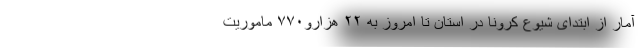
آمار از ابتدای شیوع کرونا در استان تا امروز به ۲۲ هزارو۷۷۰ ماموریت